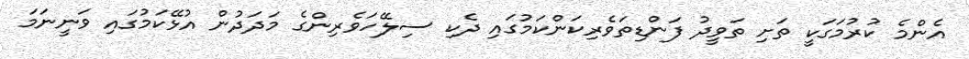
އެންމެ ކުރުމަގަކީ ތަށި ތަވީދު ފަންޑިތަވެރިކަންކަމުގައި ދެކި ސިލޭހަވެރިންގެ މަދަދުން އުޅޭކަމުގައި ވަނީނަމަ